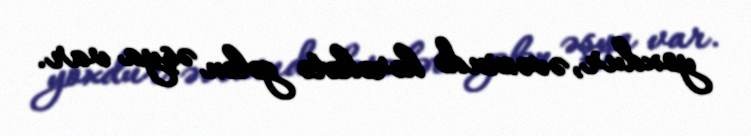
yoxdur, əvəzində hərəkətə gələn əşya var.